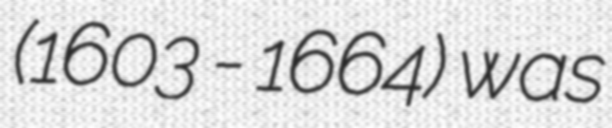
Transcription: (1603 - 1664) was